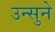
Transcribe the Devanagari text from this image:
उन्सुने